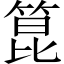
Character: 箟